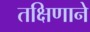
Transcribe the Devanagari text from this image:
तक्षिणाने